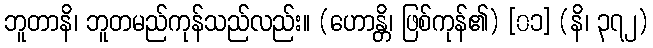
ဘူတာနိ၊ ဘူတမည်ကုန်သည်လည်း။ (ဟောန္တိ၊ ဖြစ်ကုန်၏) [၀၁] (နိ၊ ၃၇၂)